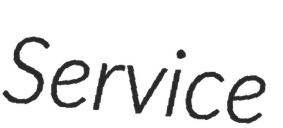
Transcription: Service